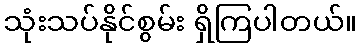
သုံးသပ်နိုင်စွမ်း ရှိကြပါတယ်။